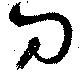
刀